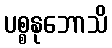
ပစ္စနုဘောသိ